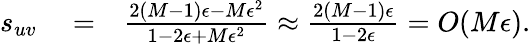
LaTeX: \begin{array}{rlr}{s_{uv}}&{{}=}&{\frac{2(M-1)\epsilon-M\epsilon^{2}}{1-2\epsilon+M\epsilon^{2}}\approx\frac{2(M-1)\epsilon}{1-2\epsilon}=O(M\epsilon).}\end{array}